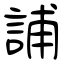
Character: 誧